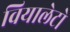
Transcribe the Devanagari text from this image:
वियालेटो